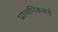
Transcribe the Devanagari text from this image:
प्राथमिकपणे